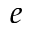
e